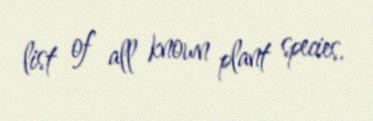
list of all known plant species.